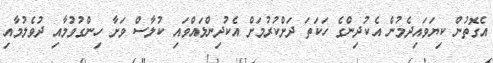
އެގޮތުން ކިޔަވައިދެމުން އެކުދިންގެ ހަކަތަ ދަށްކުރުމަށް އެކުދިންލައްވައި ކުލާސް ވަށާ ހިންގުވުމާއި ދުވެލުމާއި